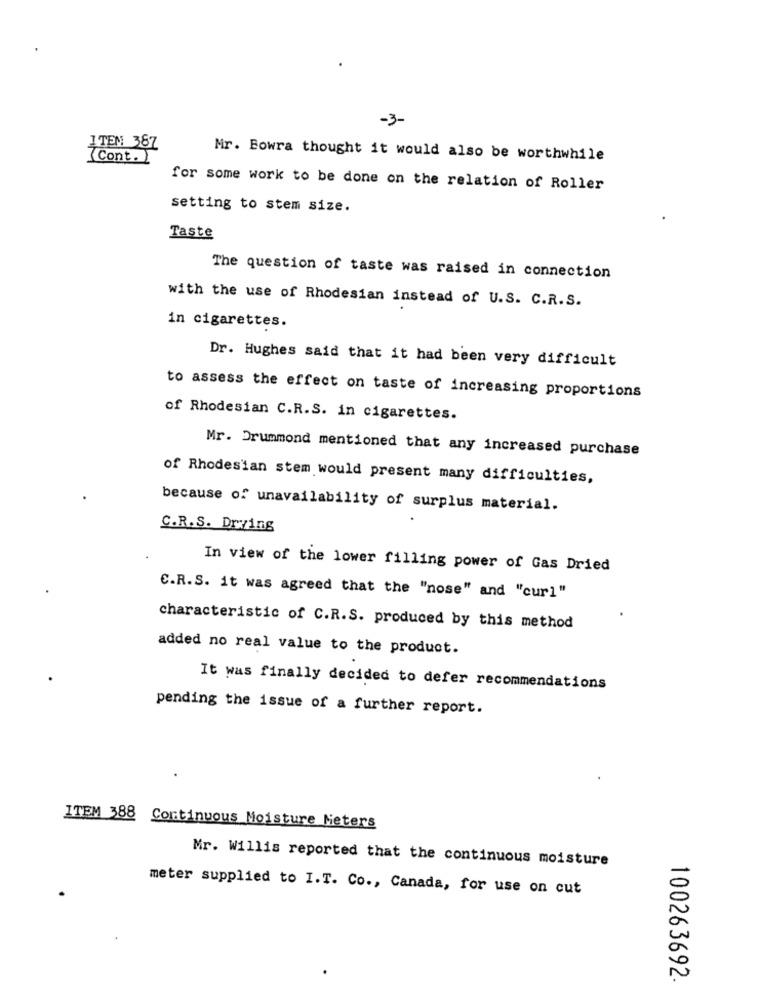
-3-
ITEN 387
Cont.
Mr. Bowra thought it would also be worthwhile
for some work to be done on the relation of Roller
setting to stem size.
Taste
The question of taste was raised in connection
with the use of Rhodesian instead of U.S. C.R.S.
in cigarettes.
Dr. Hughes said that it had been very difficult
to assess the effect on taste of increasing proportions
of Rhodesian C.R.S. in cigarettes.
Mr. Drummond mentioned that any increased purchase
of Rhodesian stem would present many difficulties,
because of unavailability of surplus material.
C.R. S. Drying
In view of the lower filling power of Gas Dried
C.R.S. it was agreed that the "nose" and "curl"
characteristic of C.R.S. produced by this method
added no real value to the product.
It was finally decided to defer recommendations
pending the issue of a further report.
ITEM 388
Continuous Moisture Meters
Mr. Willis reported that the continuous moisture
meter supplied to I.T. Co ., Canada, for use on cut
100263692.